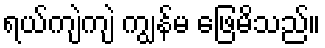
ရယ်ကျဲကျဲ ကျွန်မ ဖြေမိသည်။